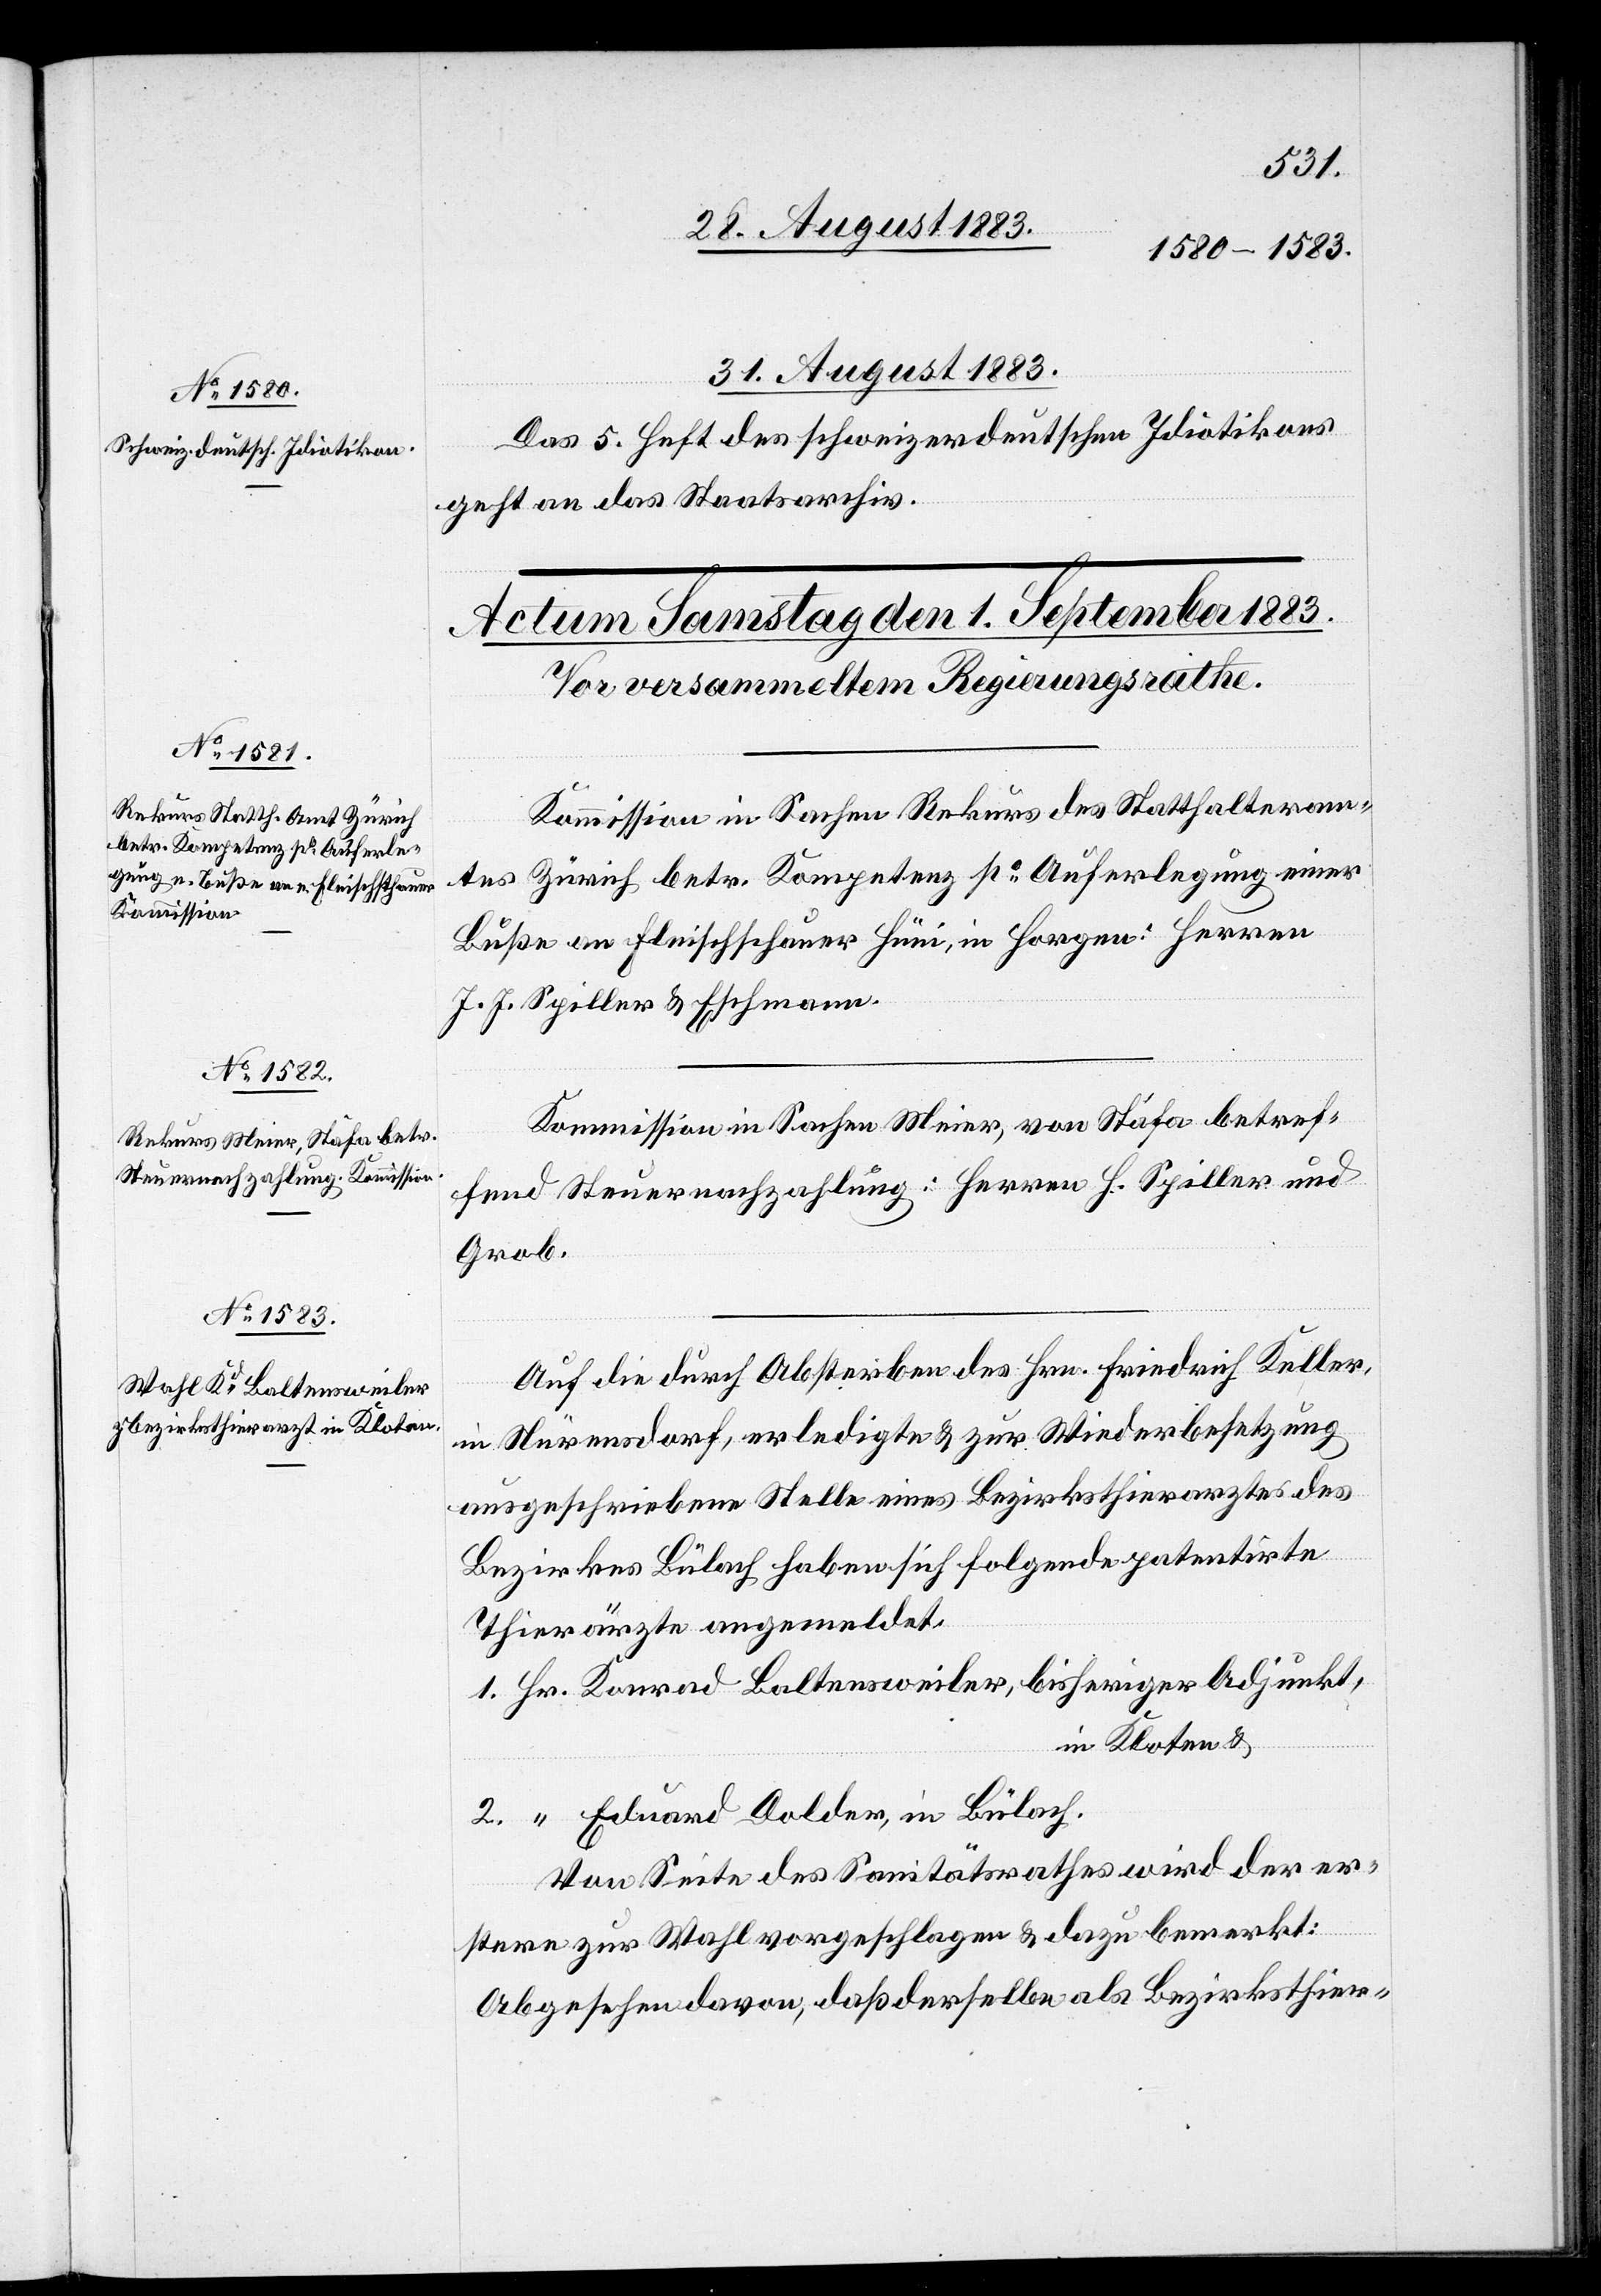
31. August 1883.
Das 5. Heft des schweizerdeutschen Idiotikons
geht an das Staatsarchiv.
Kommission in Sachen Rekurs des Statthalteram¬
tes Zürich betr. Kompetenz po Auferlegung einer
Buße an Fleischschauer Hüni, in Horgen: Herren
J. J. Spiller & Eschmann.
Kommission in Sachen Meier, von Stäfa betref¬
fend Steuernachzahlung: Herren H. Spiller und
Grob.
Auf die durch Absterben des Hrn. Friedrich Keller,
in Nürensdorf, erledigte & zur Wiederbesetzung
ausgeschriebene Stelle eines Bezirksthierarztes des
Bezirkes Bülach haben sich folgende patentirte
Thierärzte angemeldet.
1. Hr. Konrad Baltensweiler, bisheriger Adjunkt,
in Kloten &
2. “ Eduard Dolder, in Bülach.
Von Seite des Sanitätsrathes wird der er¬
stere zur Wahl vorgeschlagen & dazu bemerkt:
Abgesehen davon, daß derselbe als Bezirksthier-